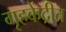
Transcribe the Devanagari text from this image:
गृहकेंद्रीत